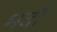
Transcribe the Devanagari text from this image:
भदौं